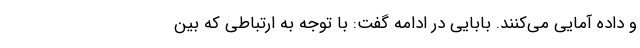
و داده آمایی می‌کنند. بابایی در ادامه گفت: با توجه به ارتباطی که بین